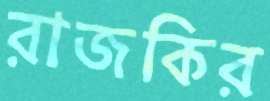
রাজকির